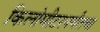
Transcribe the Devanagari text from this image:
किलोमीटरपर्यंतचा